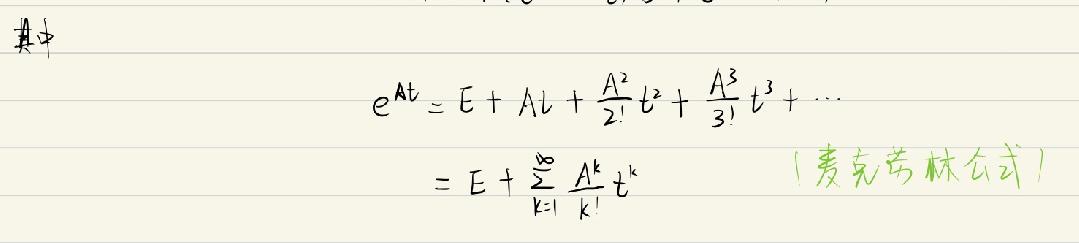
其中
\[
e^{At}=E + At+\frac{A^{2}}{2!}t^{2}+\frac{A^{3}}{3!}t^{3}+\cdots=E+\sum_{k = 1}^{\infty}\frac{A^{k}}{k!}t^{k}
\]
（麦克劳林公式）